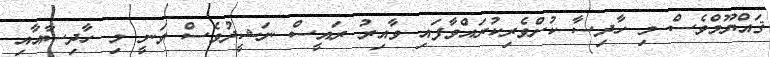
ޤައްޔޫމްވެސް މި ހާދިސާ ކުށްވެރިކުރައްވާފައި ވާއިރު ރައީސް ނަޝީދުވެސް ވަނީ މި ހާދިސާއާއި